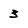
Character: 3